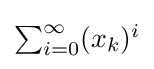
{\textstyle \sum _{i=0}^{\infty }(x_{k})^{i}}